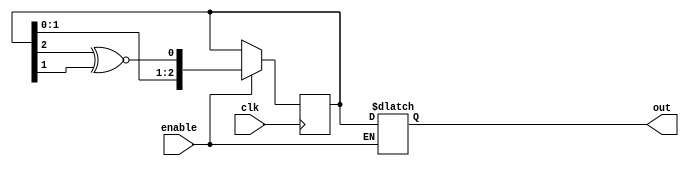
`timescale 1ns / 1ps
//////////////////////////////////////////////////////////////////////////////////
//Linear Feedback Shift register, creates pseudo-random data
//LSFR will pulse everytime the enable bit is high
//LSFR will create data with size equaling the bits
// When using XNOR all 1 can not be produced
//////////////////////////////////////////////////////////////////////////////////


module LSFR #(parameter bits = 3)(
    input clk,
    input enable,
    output reg [bits - 1:0] out
    );
    
    reg [bits:1] r_LFSR = 0;
    reg r_XNOR;
    wire [bits-1:0] outpu;
    reg [bits - 1:0] num = 0;
    
    always @(posedge clk)
    begin
        if(enable)
            r_LFSR <= {r_LFSR[bits-1:1],r_XNOR}; 
    end
    
    always @(*)
    begin
    r_XNOR = r_LFSR[bits] ^~ r_LFSR[bits -1];
    if (enable ==0)
    out = r_LFSR[bits:1];
    end
    
    
endmodule